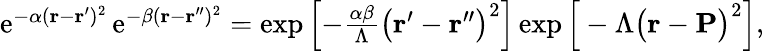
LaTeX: \begin{array}{r}{\mathrm{e}^{-\alpha(\mathbf{r}-\mathbf{r}^{\prime})^{2}}\, \mathrm{e}^{-\beta(\mathbf{r}-\mathbf{r}^{\prime\prime})^{2}}=\exp\left[-\frac{\alpha\beta}{\Lambda}\big(\mathbf{r}^{\prime}-\mathbf{r}^{\prime\prime}\big)^{2}\right]\exp\Big[-\Lambda\big(\mathbf{r}-\mathbf{P}\big)^{2}\Big],}\end{array}